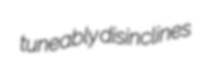
tuneably disinclines